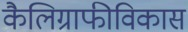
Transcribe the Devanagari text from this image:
कैलिग्राफीविकास